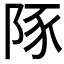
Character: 𮥆